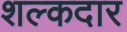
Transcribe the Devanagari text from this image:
शल्कदार